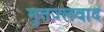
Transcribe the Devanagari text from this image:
मुतज़्लवाद